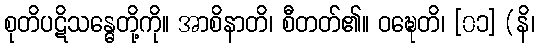
စုတိပဋိသန္ဓေတို့ကို။ အာစိနာတိ၊ စီတတ်၏။ ဝဍ္ဎေတိ၊ [၀၁] (နိ၊